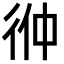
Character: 㣡